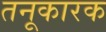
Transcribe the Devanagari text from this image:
तनूकारक